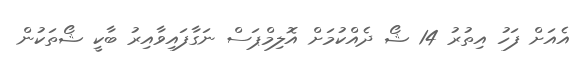
އެއަށް ފަހު އިތުރު 14 ޝޯ ދެއްކުމަށް އޮލިމްޕަސް ނަގާފައިވާއިރު ބާކީ ޝޯތަކުން